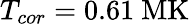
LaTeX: T_{cor}=0.61\ \mathrm{MK}